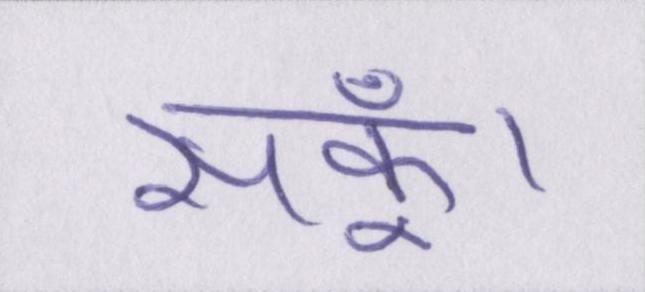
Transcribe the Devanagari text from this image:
सकूँ।